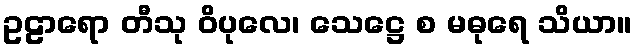
ဥဠာရော တီသု ဝိပုလေ၊ သေဋ္ဌေ စ မဓုရေ သိယာ။